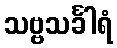
သဗ္ဗသင်္ခါရံ